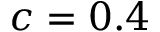
c = 0 . 4